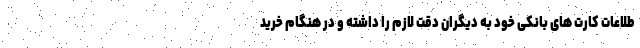
طلاعات کارت های بانکی خود به دیگران دقت لازم را داشته و در هنگام خرید